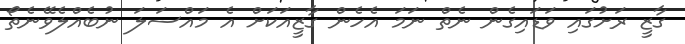
ގާޒީ ރަށުގައި ވަޑައިގެން ނެތް ނަމަ އެހެން ގާޒީއަކަށް އެ މައްސަލަ ނުބެއްލެވޭނެތޯ